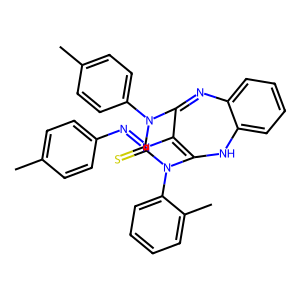
SMILES: Cc1ccc(N=NC2=C3Nc4ccccc4N=C2N(c2ccc(C)cc2)C(=S)N3c2ccccc2C)cc1
Inhibits HIV replication: No